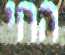
החי